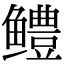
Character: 鳢